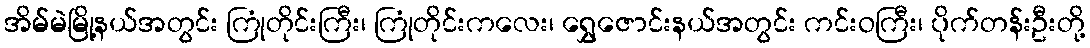
အိမ်မဲမြို့နယ်အတွင်း ကြုံတိုင်းကြီး၊ ကြုံတိုင်းကလေး၊ ရွှေဇောင်းနယ်အတွင်း ကင်းဝကြီး၊ ပိုက်တန်းဦးတို့